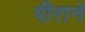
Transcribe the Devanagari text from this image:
पीराने